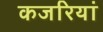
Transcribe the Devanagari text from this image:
कजरियां